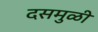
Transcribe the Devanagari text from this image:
दसमुळी